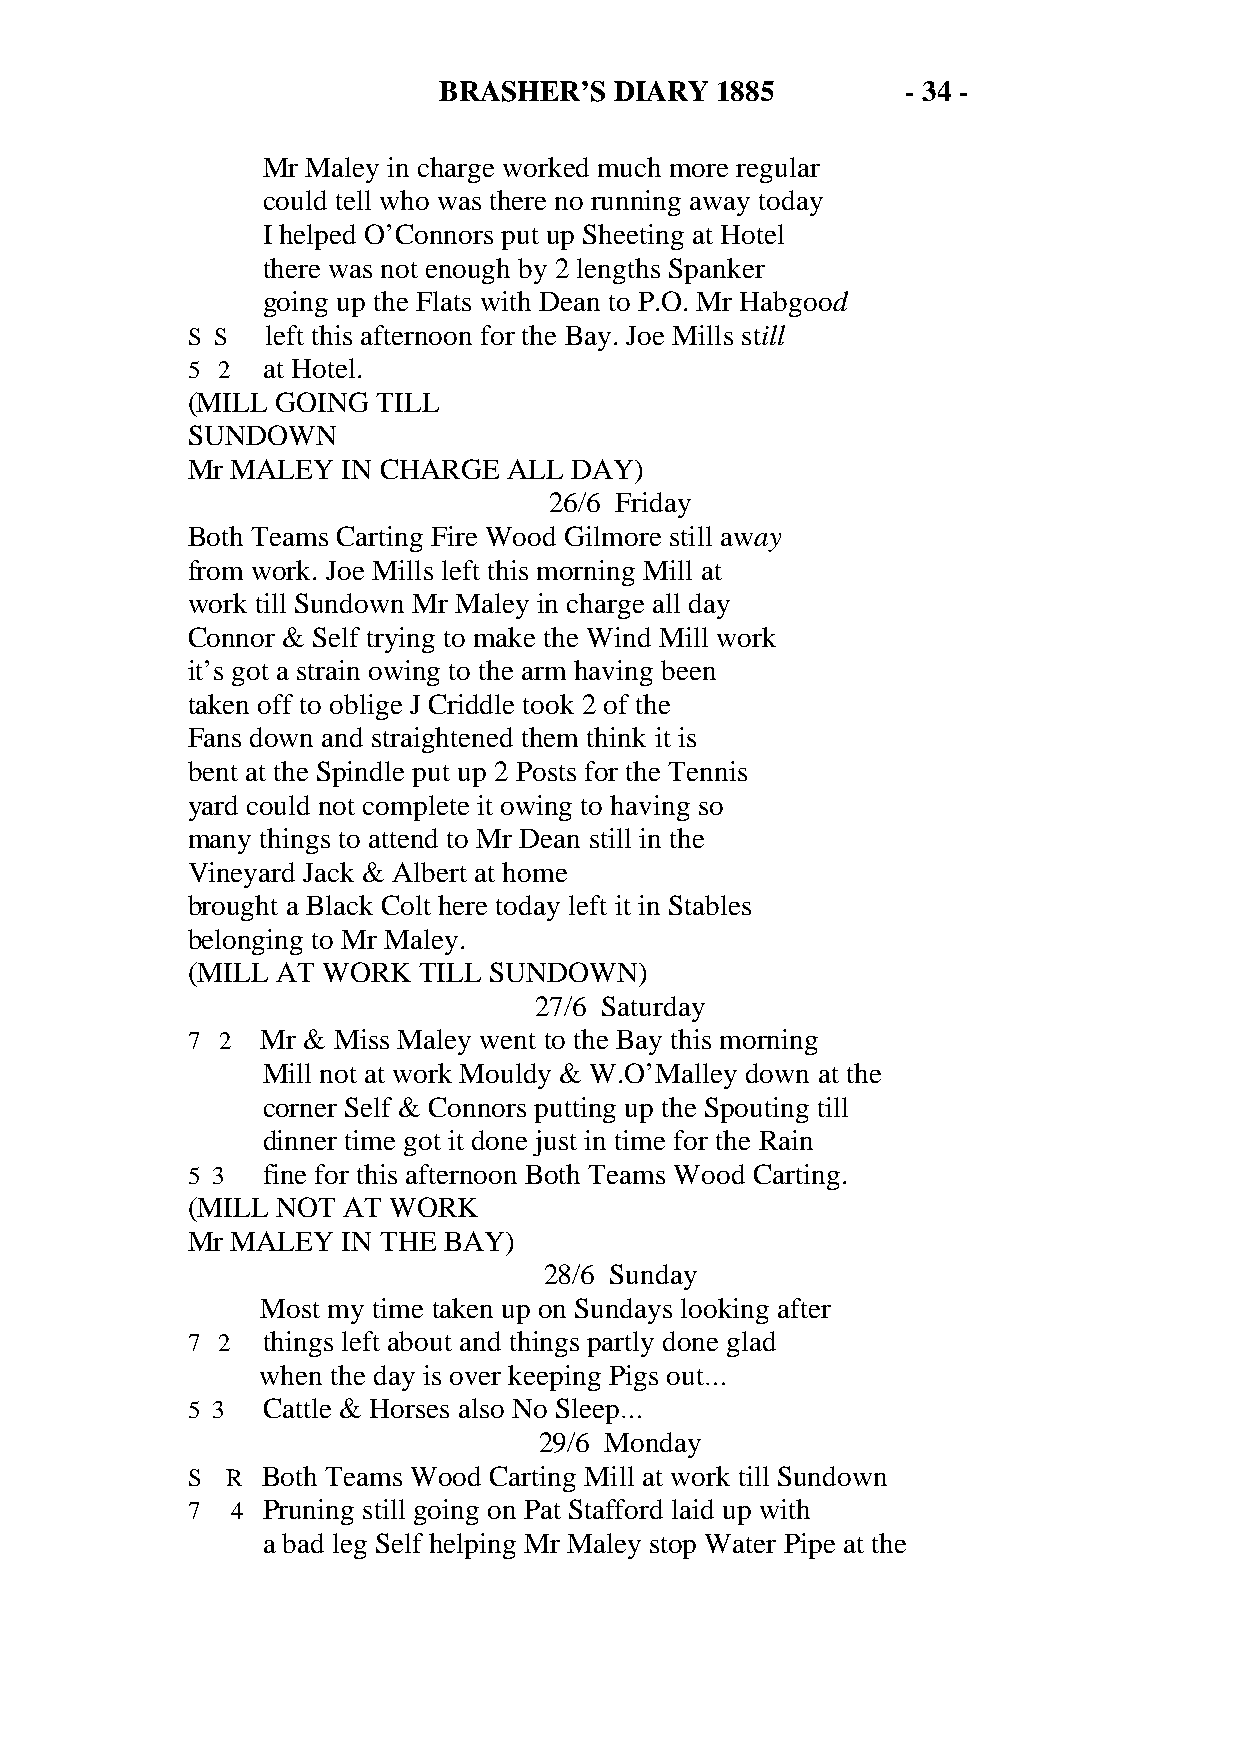
BRASHER’S   DIARY 1885         - 34 -
 Mr Maley in charge worked much more regular
 could tell who was there no running away today
 I helped O’Connors put up Sheeting at Hotel
 there was not enough by 2 lengths Spanker
 going up the Flats with Dean to P.O. Mr Habgood
 S S   left this afternoon for the Bay. Joe Mills still
 5 2  at Hotel.
 (MILL GOING  TILL
 SUNDOWN
 Mr MALEY   IN CHARGE  ALL DAY)
 26/6 Friday
 Both Teams Carting Fire Wood Gilmore still away
 from work. Joe Mills left this morning Mill at
 work till Sundown Mr Maley in charge all day
 Connor & Self trying to make the Wind Mill work
 it’s got a strain owing to the arm having been
 taken off to oblige J Criddle took 2 of the
 Fans down and straightened them think it is
 bent at the Spindle put up 2 Posts for the Tennis
 yard could not complete it owing to having so
 many things to attend to Mr Dean still in the
 Vineyard Jack & Albert at home
 brought a Black Colt here today left it in Stables
 belonging to Mr Maley.
 (MILL AT WORK   TILL SUNDOWN)
 27/6 Saturday
 7 2  Mr & Miss Maley went to the Bay this morning
 Mill not at work Mouldy & W.O’Malley down at the
 corner Self & Connors putting up the Spouting till
 dinner time got it done just in time for the Rain
 5 3  fine for this afternoon Both Teams Wood Carting.
 (MILL NOT  AT WORK
 Mr MALEY   IN THE BAY)
 28/6 Sunday
 Most my time taken up on Sundays looking after
 7 2  things left about and things partly done glad
 when the day is over keeping Pigs out…
 5 3  Cattle & Horses also No Sleep…
 29/6 Monday
 S  R Both Teams Wood Carting Mill at work till Sundown
 7  4 Pruning still going on Pat Stafford laid up with
 a bad leg Self helping Mr Maley stop Water Pipe at the